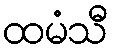
ထမံသီ